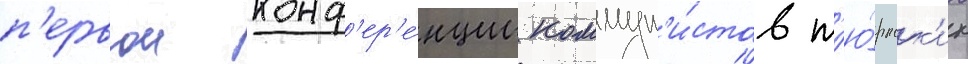
п'ервои конф'ер'е́нции коммун'и́стов т'ю́ркск'их